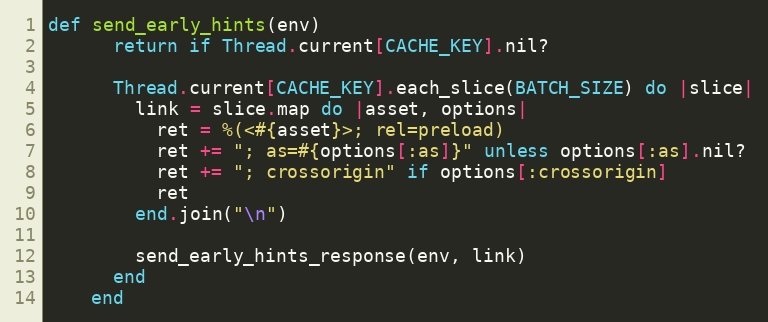
Language: Ruby
def send_early_hints(env)
      return if Thread.current[CACHE_KEY].nil?

      Thread.current[CACHE_KEY].each_slice(BATCH_SIZE) do |slice|
        link = slice.map do |asset, options|
          ret = %(<#{asset}>; rel=preload)
          ret += "; as=#{options[:as]}" unless options[:as].nil?
          ret += "; crossorigin" if options[:crossorigin]
          ret
        end.join("\n")

        send_early_hints_response(env, link)
      end
    end